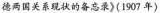
德两国关系现状的备忘录》(1907年)